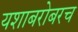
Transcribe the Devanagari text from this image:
यशाबरोबरच